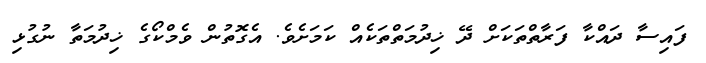
ފައިސާ ދައްކާ ފަރާތްތަކަށް ދޭ ޚިދުމަތްތަކެއް ކަމަށެވެ. އެގޮތުން ވެމްކޯގެ ޚިދުމަތާ ނުގުޅި